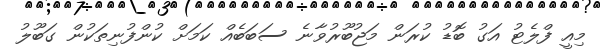
މިއީ ފްލެޓު އަގު ބޮޑު ކުރަން މަޖުބޫރުވާނެ ސަބަބެއް ކަމަށް ކުންފުނިތަކުން ގަބޫލު